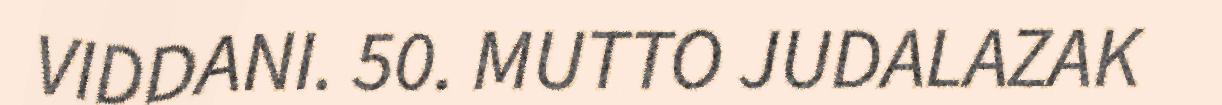
VIDDANI. 50. MUTTO JUDALAZAK